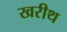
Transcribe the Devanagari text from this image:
खरीथ